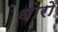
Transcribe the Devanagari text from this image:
धोरो